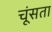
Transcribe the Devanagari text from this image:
चूंसता